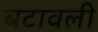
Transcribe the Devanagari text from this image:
बटावली